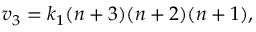
v _ { 3 } = k _ { 1 } ( n + 3 ) ( n + 2 ) ( n + 1 ) ,